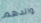
والدهم